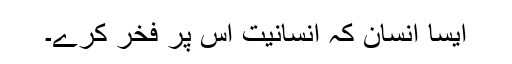
ایسا انسان کہ انسانیت اس پر فخر کرے۔